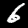
Digit: 6